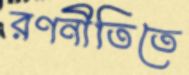
রণনীতিতে